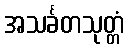
အသင်္ခတသုတ္တံ